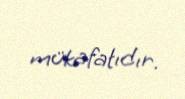
mükafatıdır.